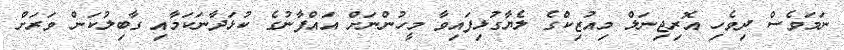
ނަމަވެސް ދިވެހި އޮރިޖިނަލް މިއުޒިކްގެ ލެޔާގުޅިފައިވާ މީހުންނަށް އައްފާނުގެ ކުޅަދާނަކަމާއި ގާބިލުކަން ވަރަށް